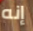
إنه